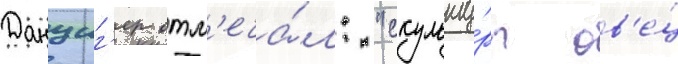
Данциг'ер отм'еча́л: "скульпту́ры ов'е́ц